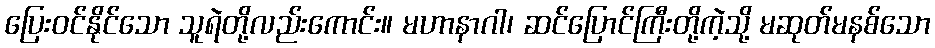
ပြေးဝင်နိုင်သော သူရဲတို့လည်းကောင်း။ မဟာနာဂါ၊ ဆင်ပြောင်ကြီးတို့ကဲ့သို့ မဆုတ်မနစ်သော